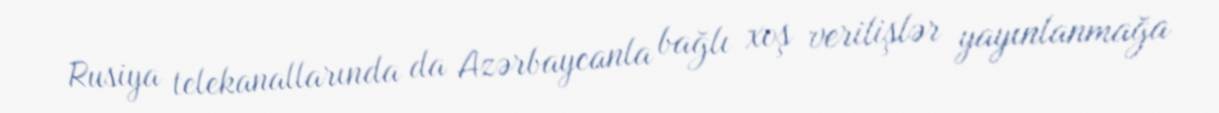
Rusiya telekanallarında da Azərbaycanla bağlı xoş verilişlər yayınlanmağa